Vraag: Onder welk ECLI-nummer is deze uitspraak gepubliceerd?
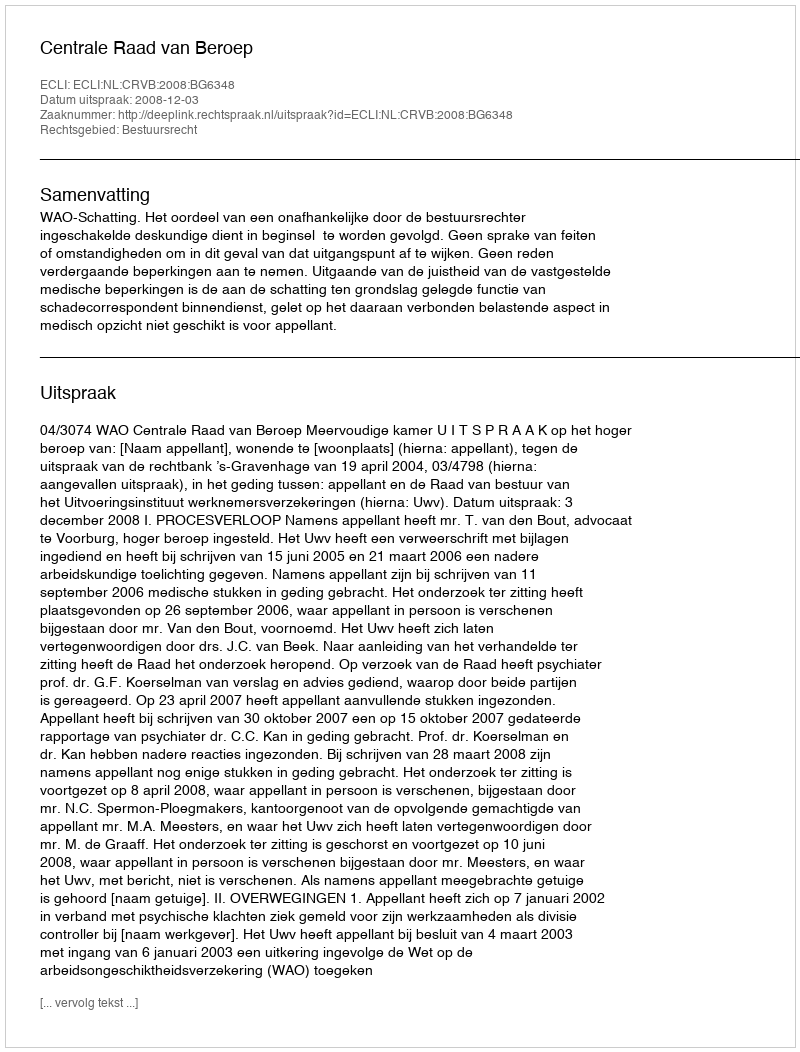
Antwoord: ECLI:NL:CRVB:2008:BG6348